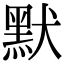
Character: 默